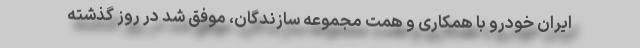
ایران خودرو با همکاری و همت مجموعه سازندگان، موفق شد در روز گذشته